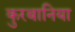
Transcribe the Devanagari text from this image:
कुरबानिया